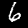
Digit: 6